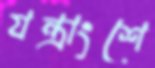
যন্ত্রাংশে